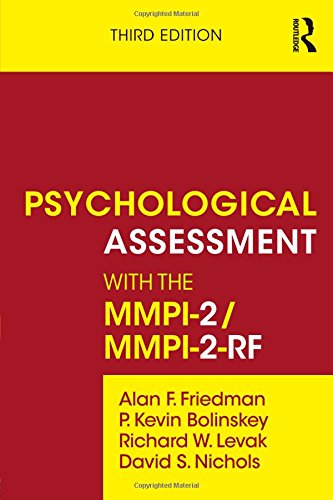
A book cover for Psychological Assessment with the MMPI-2/MMPI-2-RF; Alan F. Friedman; Medical Books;